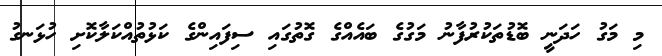
މި މަގު ހަދަނީ ބޮޑުތަކުރުފާނު މަގުގެ ބައެއްގެ ގޮތުގައި ސިފައިންގެ ކަޅުތުއްކަލާކޮށި ހުޅަނގު